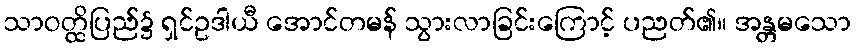
သာဝတ္ထိပြည်၌ ရှင်ဥဒါယီ အောင်တမန် သွားလာခြင်းကြောင့် ပညတ်၏။ အန္တမသော